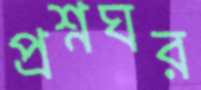
প্রশ্নঘর